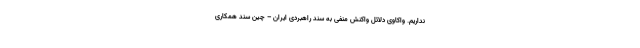
نداریم. واکاوی دلائل واکنش منفی به سند راهبردی ایران – چین سند همکاری